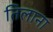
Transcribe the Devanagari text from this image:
तिलाना